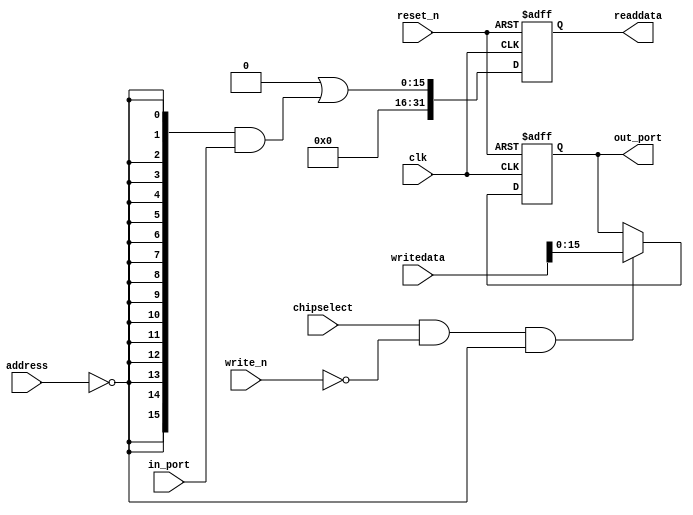
//Legal Notice: (C)2024 Altera Corporation. All rights reserved.  Your
//use of Altera Corporation's design tools, logic functions and other
//software and tools, and its AMPP partner logic functions, and any
//output files any of the foregoing (including device programming or
//simulation files), and any associated documentation or information are
//expressly subject to the terms and conditions of the Altera Program
//License Subscription Agreement or other applicable license agreement,
//including, without limitation, that your use is for the sole purpose
//of programming logic devices manufactured by Altera and sold by Altera
//or its authorized distributors.  Please refer to the applicable
//agreement for further details.

// synthesis translate_off
`timescale 1ns / 1ps
// synthesis translate_on

// turn off superfluous verilog processor warnings 
// altera message_level Level1 
// altera message_off 10034 10035 10036 10037 10230 10240 10030 

module lab9_soc_otg_hpi_data (
                               // inputs:
                                address,
                                chipselect,
                                clk,
                                in_port,
                                reset_n,
                                write_n,
                                writedata,

                               // outputs:
                                out_port,
                                readdata
                             )
;

  output  [ 15: 0] out_port;
  output  [ 31: 0] readdata;
  input   [  1: 0] address;
  input            chipselect;
  input            clk;
  input   [ 15: 0] in_port;
  input            reset_n;
  input            write_n;
  input   [ 31: 0] writedata;


wire             clk_en;
wire    [ 15: 0] data_in;
reg     [ 15: 0] data_out;
wire    [ 15: 0] out_port;
wire    [ 15: 0] read_mux_out;
reg     [ 31: 0] readdata;
  assign clk_en = 1;
  //s1, which is an e_avalon_slave
  assign read_mux_out = {16 {(address == 0)}} & data_in;
  always @(posedge clk or negedge reset_n)
    begin
      if (reset_n == 0)
          readdata <= 0;
      else if (clk_en)
          readdata <= {32'b0 | read_mux_out};
    end


  always @(posedge clk or negedge reset_n)
    begin
      if (reset_n == 0)
          data_out <= 0;
      else if (chipselect && ~write_n && (address == 0))
          data_out <= writedata[15 : 0];
    end


  assign out_port = data_out;
  assign data_in = in_port;

endmodule